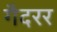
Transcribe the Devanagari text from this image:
गैदरर